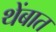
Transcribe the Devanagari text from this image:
थेंबात